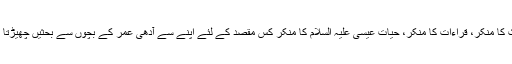
حدیث کا منکر، قراءات کا منکر، حیات عیسی علیہ السلام کا منکر کس مقصد کے لئے اپنے سے آدھی عمر کے بچوں سے بحثیں چھیڑتا ہے ؟